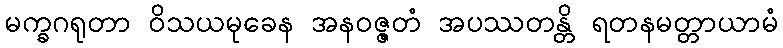
မက္ခဂရုတာ ဝိသယမုခေန အနဝဇ္ဇတံ အပဿတန္တိ ရတနမတ္တာယာမံ